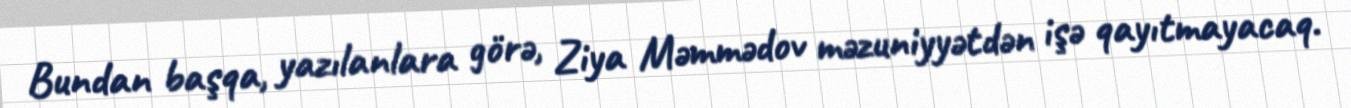
Bundan başqa, yazılanlara görə, Ziya Məmmədov məzuniyyətdən işə qayıtmayacaq.